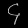
Digit: ၄